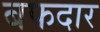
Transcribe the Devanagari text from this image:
बफदार